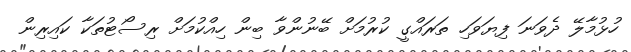
ހުޅުމާލޭ ދެވަނަ ފިޔަވަހި ތަރައްގީ ކުރުމަށް ބޭނުންވާ ބިން ހިއްކުމަށް ރިސޯޓުތަކާ ކައިރިން